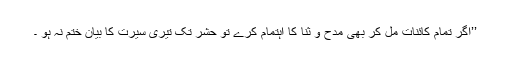
’’اگر تمام کائنات مل کر بھی مدح و ثنا کا اہتمام کرے تو حشر تک تیری سیرت کا بیان ختم نہ ہو ۔